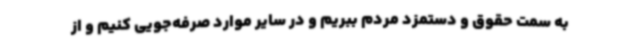
به سمت حقوق و دستمزد مردم ببریم و در سایر موارد صرفه‌جویی کنیم و از